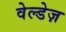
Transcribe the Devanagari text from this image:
वेल्डेज़